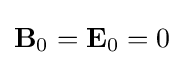
\mathbf {B} _{0}=\mathbf {E} _{0}=0